Lunatic asylums Bombay report 1878-1890 - 1878-1890
Year: 1878
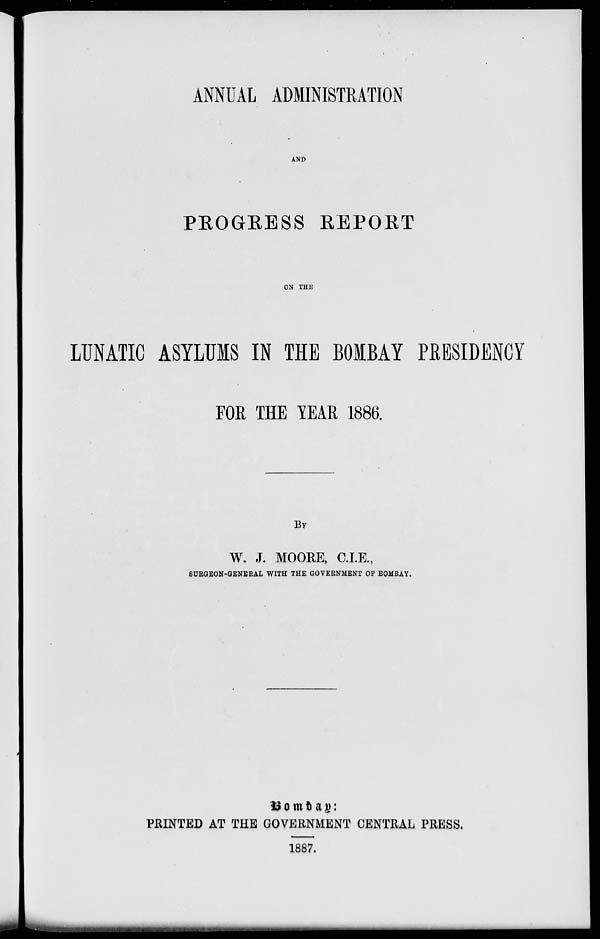
ANNUAL ADMINISTRATION
AND
PROGRESS REPORT
ON THE
LUNATIC ASYLUMS IN THE BOMBAY PRESIDENCY
FOR THE YEAR 1886.
BY
W. J. MOORE, C.I.E.,
SURGEON-GENERAL WITH THE GOVERNMENT OF BOMBAY.
BOMBAY:
PRINTED AT THE GOVERNMENT CENTRAL PRESS.
1887.